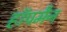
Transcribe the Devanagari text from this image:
हॉपमैन